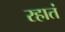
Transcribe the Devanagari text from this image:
रहातं